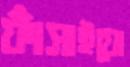
ফাঁসাইয়ো